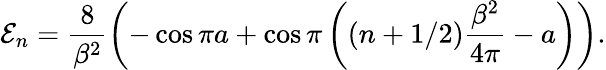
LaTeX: {\cal E}_{n}=\frac{8}{\beta^{2}}\left(-\cos\pi a+\cos{\pi}\left((n+1/2)\frac{\beta^{2}}{4\pi}-a\right)\right).